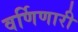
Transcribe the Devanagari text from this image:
वर्णिणारी